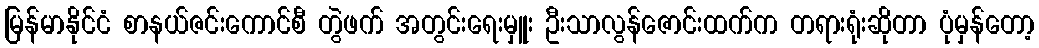
မြန်မာနိုင်ငံ စာနယ်ဇင်းကောင်စီ တွဲဖက် အတွင်းရေးမှူး ဦးသာလွန်ဇောင်းထက်က တရားရုံးဆိုတာ ပုံမှန်တော့